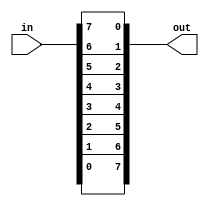
module top_module( 
    input [7:0] in,
    output [7:0] out
);
    genvar i;
    generate
        for(i = 0; i < 8; i = i+1) begin : reverse
            assign out[i] = in[7-i];
        end
    endgenerate

endmodule